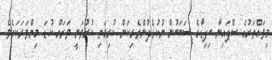
މިވައްތަރުގެ ސްޕައިނާ ބިފިޑާގެ ސަބަބުން ނުކުޅެދުންތެރިކަން ކުރިމަތި ކުރުވަނީ ވަރަށް ކުޑަ މިންވަރަކަށެވެ.